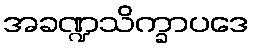
အခဏ္ဍသိက္ခာပဒေ